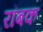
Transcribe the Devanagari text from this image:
रॉबक